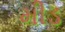
મીડ